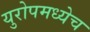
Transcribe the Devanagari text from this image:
युरोपमध्येच